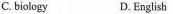
C. biology D.English